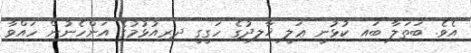
އެވެ. ބަތަލާ ބައި ކުޅުނީ ޢަލީ ޚާލިދުގެ ހަގީގީ ދިރިއުޅުމުގެ އަންހެނުން ހައްވާ